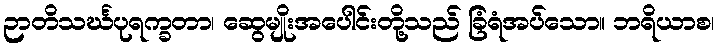
ဉာတိသင်္ဃပုရက္ခတာ၊ ဆွေမျိုးအပေါင်းတို့သည် ခြံရံအပ်သော။ ဘရိယာစ၊